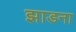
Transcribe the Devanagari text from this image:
झाडना